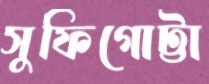
সুফিগোট্টা